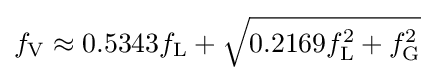
f_{\mathrm {V} }\approx 0.5343f_{\mathrm {L} }+{\sqrt {0.2169f_{\mathrm {L} }^{2}+f_{\mathrm {G} }^{2}}}